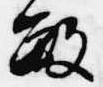
敏